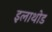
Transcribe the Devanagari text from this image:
इलाथोड